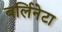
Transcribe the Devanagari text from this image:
बर्लिनेटा